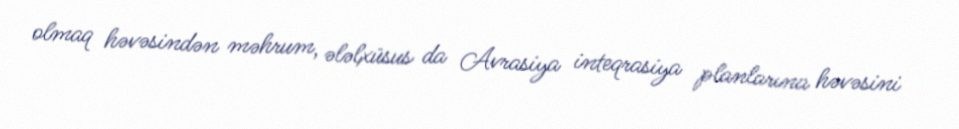
olmaq həvəsindən məhrum, ələlxüsus da Avrasiya inteqrasiya planlarına həvəsini